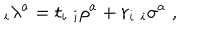
_ i \lambda ^ { a } = t _ { i } \; _ { i } \rho ^ { a } + r _ { i } \; _ { i } \sigma ^ { a } \; ,